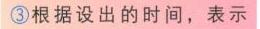
\textcircled{3}根据设出的时间，表示